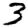
Digit: 3